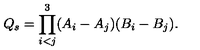
Q _ { s } = \prod _ { i < j } ^ { 3 } ( A _ { i } - A _ { j } ) ( B _ { i } - B _ { j } ) .